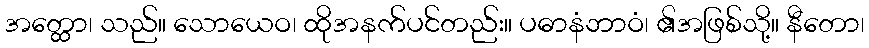
အတ္ထော၊ သည်။ သောယေဝ၊ ထိုအနက်ပင်တည်း။ ပဓာနံဘာဝံ၊ ၏အဖြစ်သို့။ နီတော၊